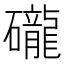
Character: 礲